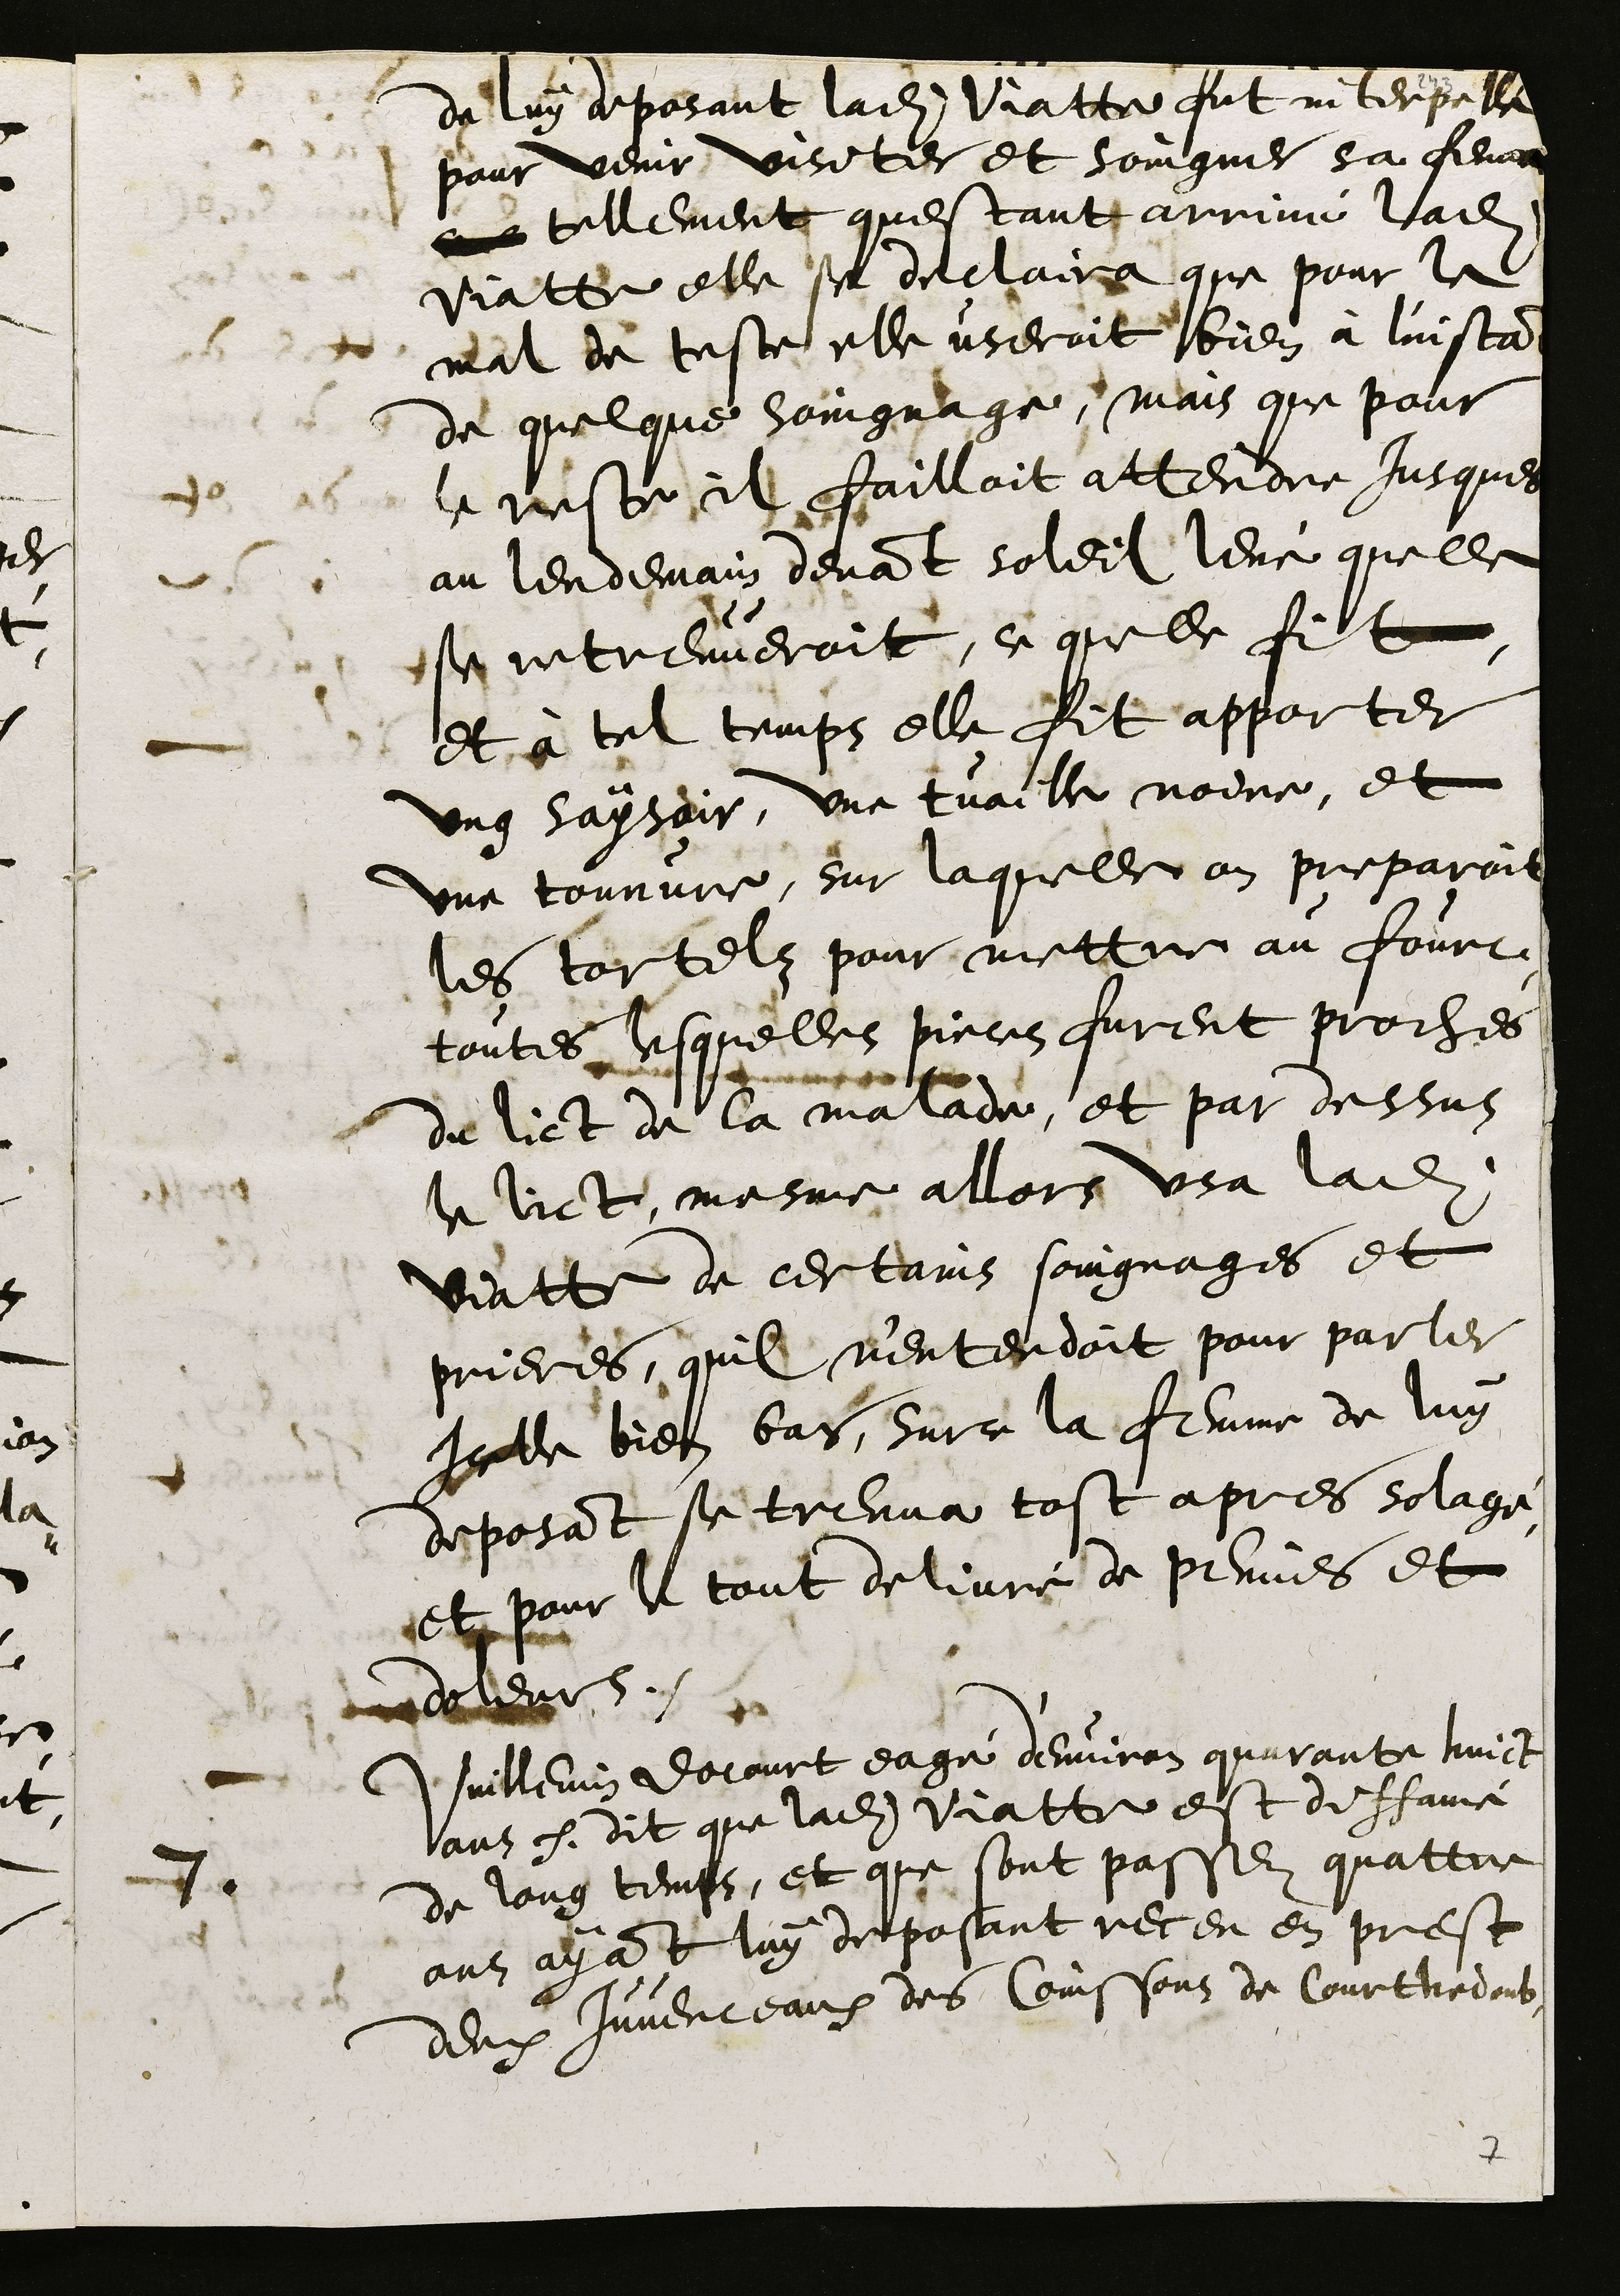
de luy deposant ladite Viatte fut interpellé
pour venir visiter et soingner sa femme
tellement questant arrivé ladite
Viatte elle se declaira que pour le
mal de teste elle useroit bien à l'instant
de quelque soingnage, mais que pour
le reste il failloit attendre jusques
au lendemain devant soleil levé quelle
se retreuveroit, ce quelle fit
et à tel temps elle fit apporter
ung saysoir, une tuaille noire, et
une tounure, sur laquelle on preparoit
les tortelz pour mettre au fourc,
toutes lesquelles pieces furent proches
du lict de la malade, et par dessus
le lict, mesme allors usa ladite
Viatte de certains soingnages et
prieres, quil n'entendoit pour parler
Icelle bien bas, surce la femme de luy
deposant se treuva tost apres solagé,
et pour le tout delivré de peines et
doleurs.
7
Vuillemin Docourt eagé d'environ quarante huict
ans dit que ladite Viatte est diffamé
de long temps, et que sont passez quattre
ans ayant luy deposant receu en prest
deux Juvenceaux des Coinssons de Courthedoub,

7